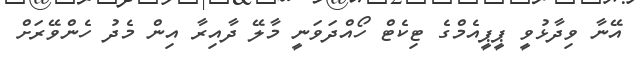
އޭނާ ވިދާޅުވީ ޕީޕީއެމްގެ ޓިކެޓް ހޯއްދަވަނީ މާލޭ ދާއިރާ އިން މެދު ހެންވޭރަށް